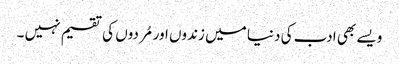
ویسے بھی ادب کی دنیا میں زندوں اور مُردوں کی تقسیم نہیں ۔